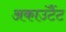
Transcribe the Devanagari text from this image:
अकाउंटैंट